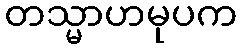
တသ္မာဟမုပက